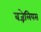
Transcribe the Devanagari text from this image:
बज्रेलियस